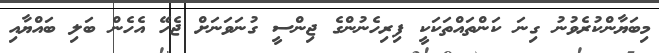
މިބަޔާންކުރެވުނު ގިނަ ކަންތައްތަކަކީ ފިރިހެނުންގެ ޖިންސީ ގުނަވަނަށް ޖެހޭ އެހެން ބަލި ބައްޔާއި